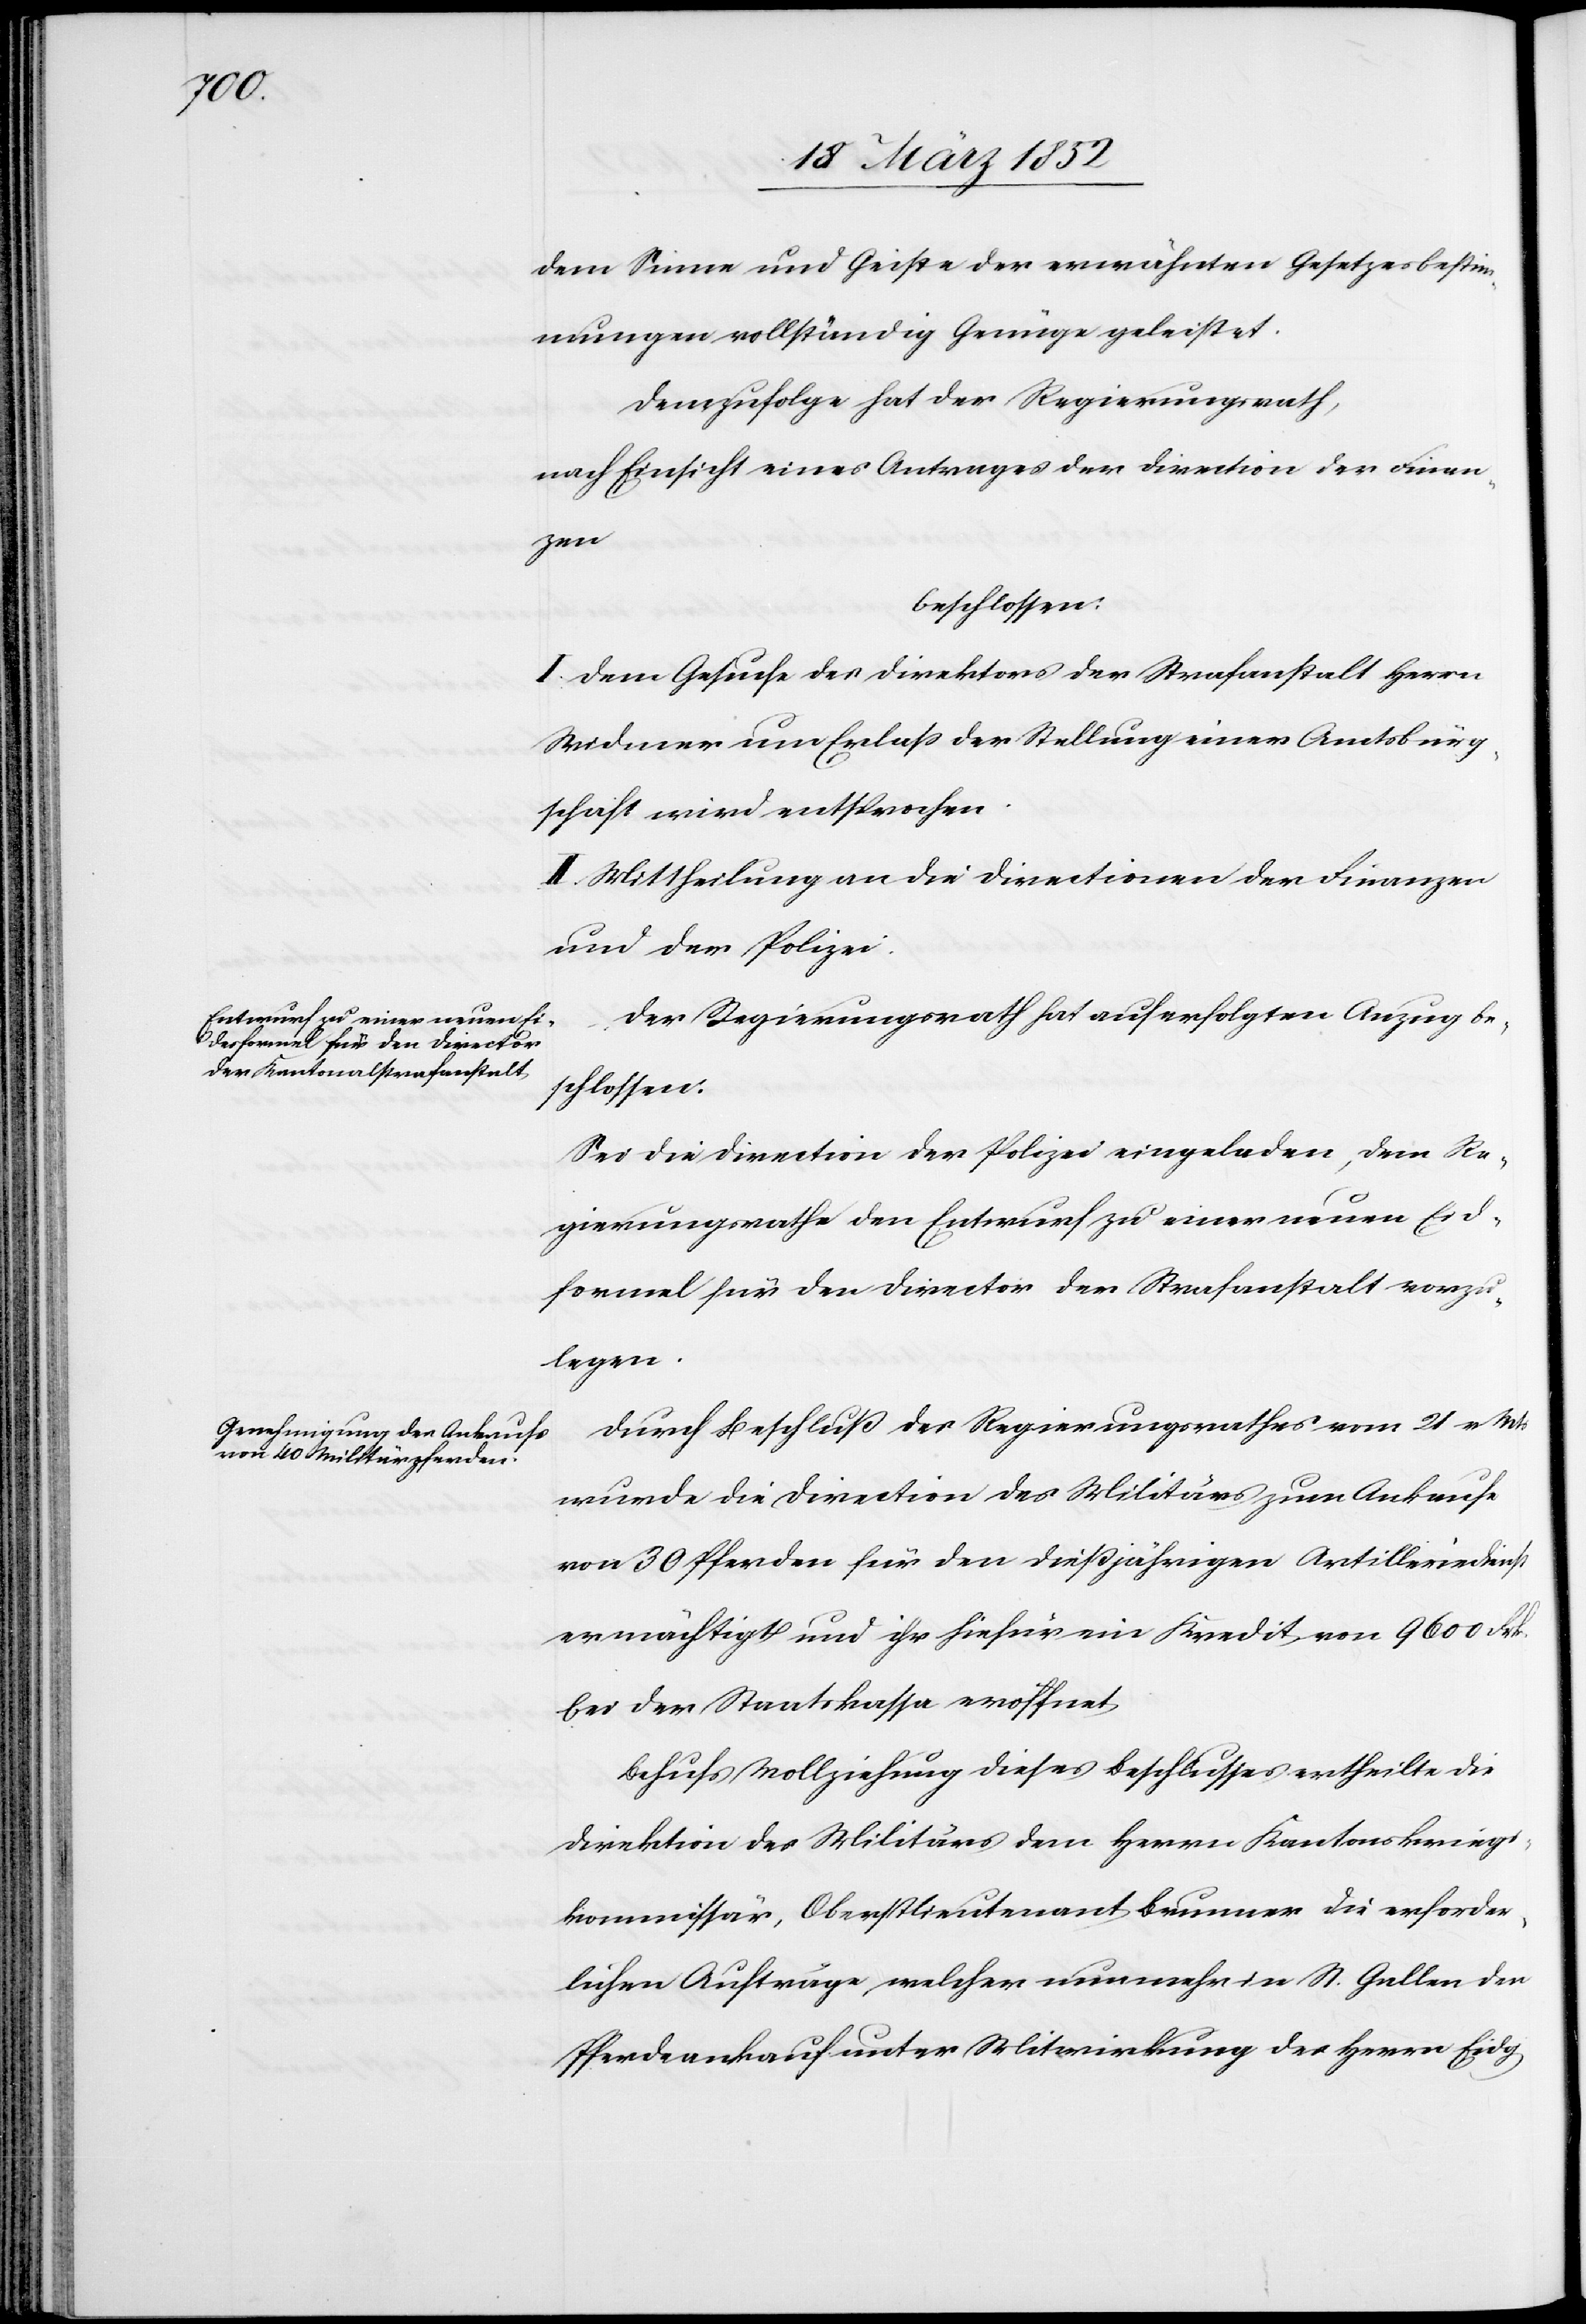
dem Sinne und Geiste der erwähnten Gesetzesbestim¬
mungen vollständig Genüge geleistet.
Demzufolge hat der Regierungsrath,
nach Einsicht eines Antrages der Direction der Finan¬
zen
beschlossen:
I. Dem Gesuche des Direktors der Strafanstalt Herrn
Widmer um Erlaß der Stellung einer Amtsbürg¬
schaft wird entsprochen.
II. Mittheilung an die Directionen der Finanzen
und der Polizei.
Der Regierungsrath hat auf erfolgten Anzug be¬
schlossen.
Sei die Direction der Polizei eingeladen, dem Re¬
gierungsrathe den Entwurf zu einer neuen Eid¬
formel für den Director der Strafanstalt vorzu¬
legen.
Durch Beschluß des Regierungsrathes vom 21 v Mts
wurde die Direction des Militärs zum Ankaufe
von 30 Pferden für den dießjährigen Artilleriedienst
ermächtigt und ihr hiefür ein Kredit vom 9600 Frk.
bei der Staatskassa eröffnet.
Behufs Vollziehung dieses Beschlusses ertheilte die
Direktion des Militärs dem Herrn Kantonskriegs¬
kommissär, Oberstlieutenant Brunner die erforder¬
lichen Aufträge welcher nunmehr in St. Gallen den
Pferdeankauf unter Mitwirkung des Herrn Eidg